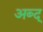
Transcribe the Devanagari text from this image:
अब्द्